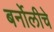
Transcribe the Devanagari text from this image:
बर्नोलीचे